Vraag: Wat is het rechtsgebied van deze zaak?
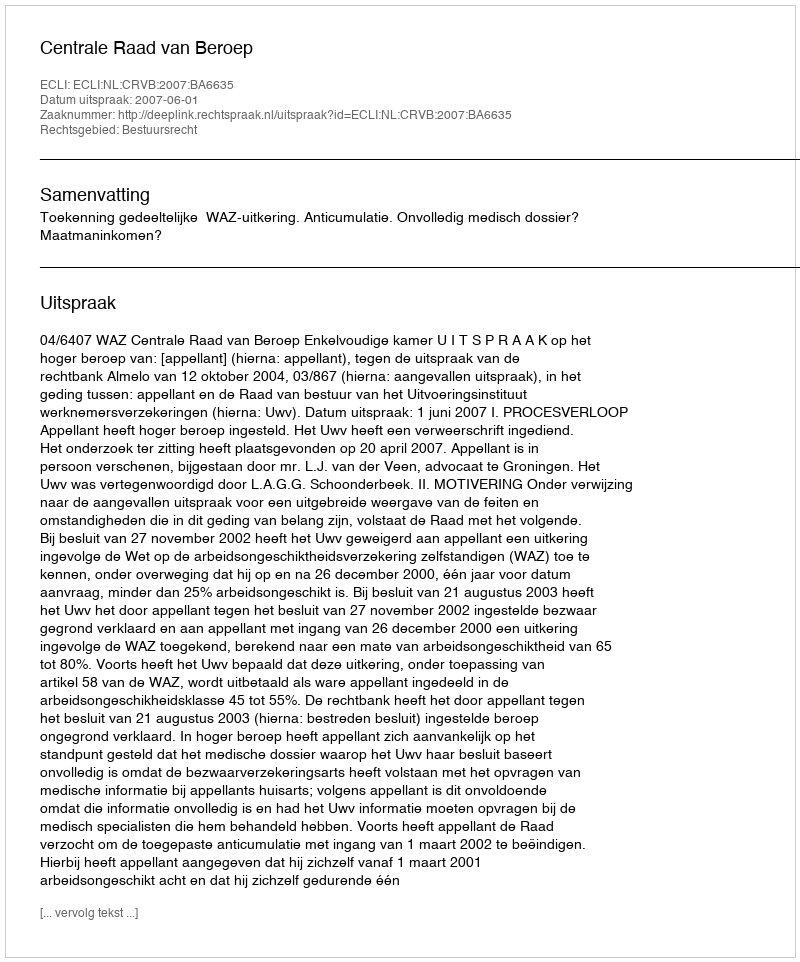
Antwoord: Bestuursrecht